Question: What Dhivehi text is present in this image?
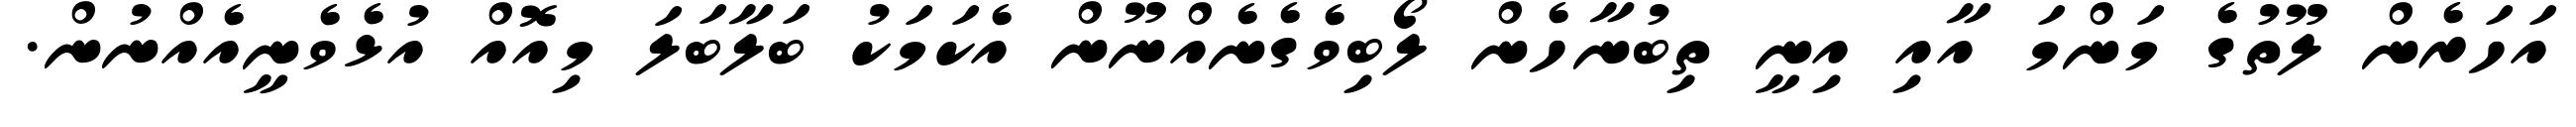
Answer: އަހަރެން ލޫތުގެ މަންމަ އާއި އިނީ ތިބުނާހެން ލޯބިވެގެނެއްނޫން އެކަމަކު ބަލާބަލަ މިއޮއް އުޅެވެނީއެއްނުން.